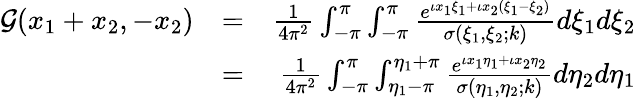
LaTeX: \begin{array}{rlr}{\mathcal{G}(x_{1}+x_{2},-x_{2})}&{=}&{\frac{1}{4\pi^{2}}\int_{-\pi}^{\pi}\int_{-\pi}^{\pi}\frac{e^{\iota x_{1}\xi_{1}+\iota x_{2}(\xi_{1}-\xi_{2})}}{\sigma(\xi_{1},\xi_{2};k)}d\xi_{1}d\xi_{2}}\\ &{=}&{\frac{1}{4\pi^{2}}\int_{-\pi}^{\pi}\int_{\eta_{1}-\pi}^{\eta_{1}+\pi}\frac{e^{\iota x_{1}\eta_{1}+\iota x_{2}\eta_{2}}}{\sigma(\eta_{1},\eta_{2};k)}d\eta_{2}d\eta_{1}}\end{array}